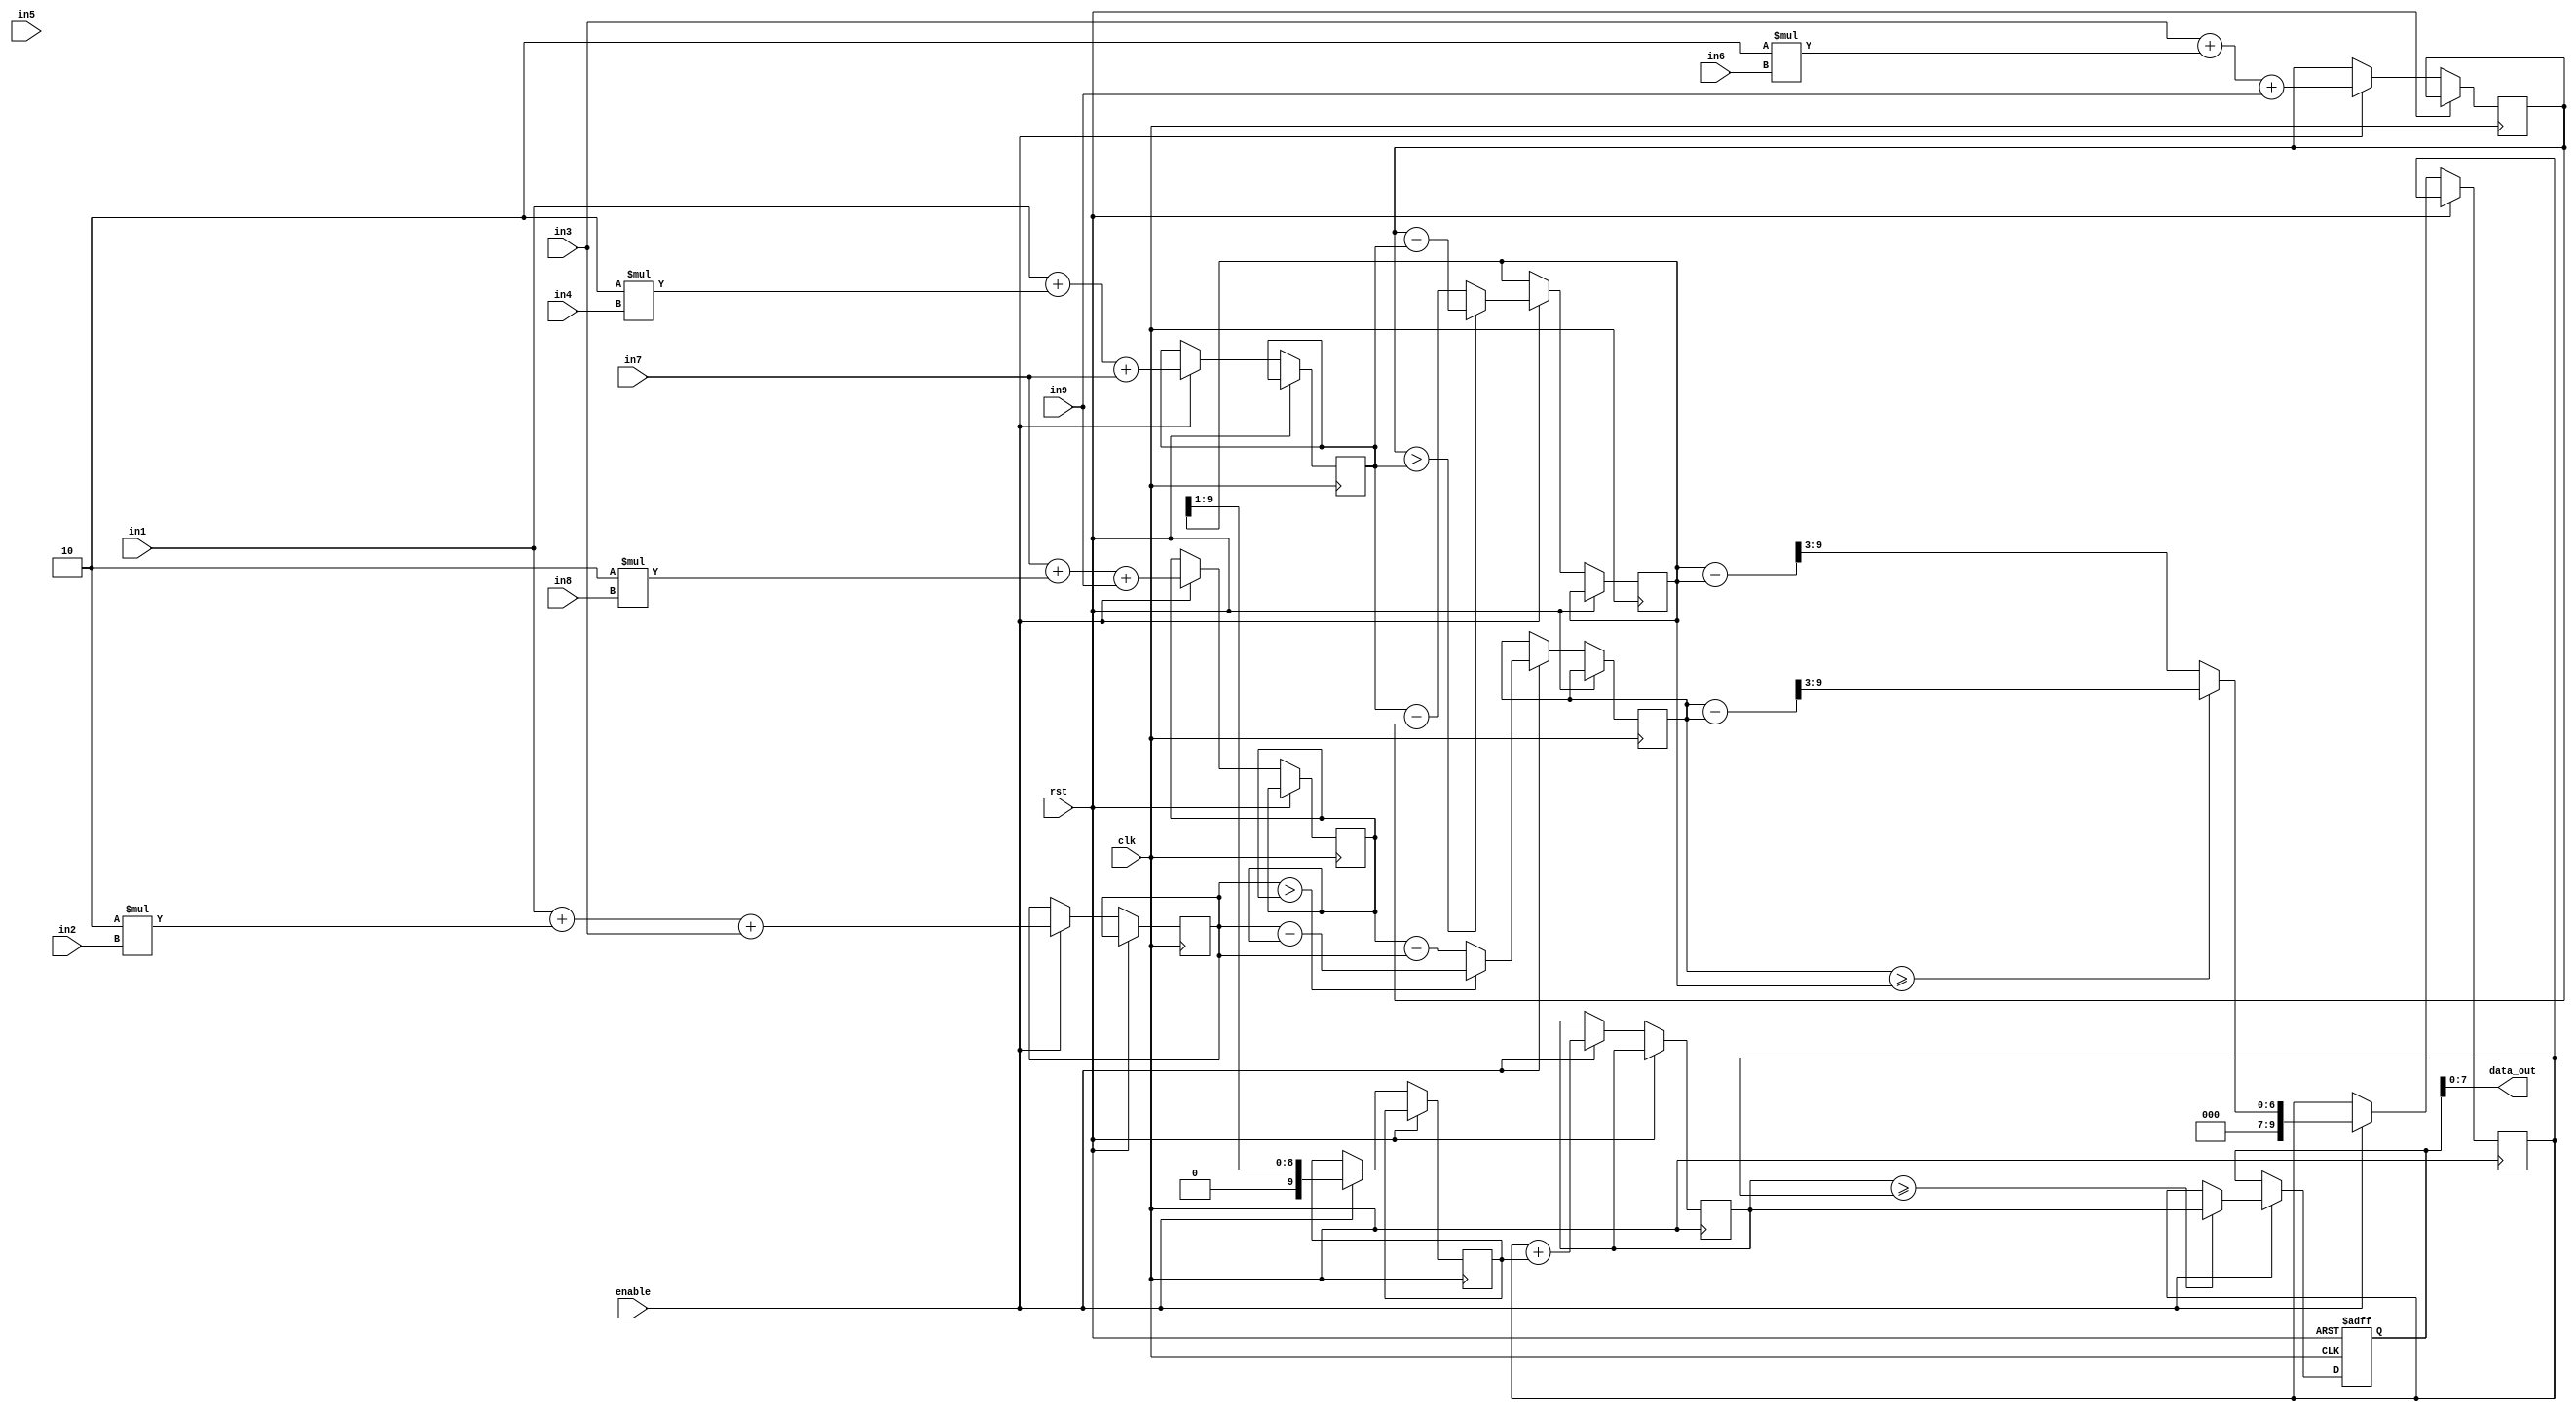

////////////////////////////////////////////
//  MODULE: SOBEL_FILTER_FUNCTION
//  3x3 window
//  Created on Mar 31, 2017
////////////////////////////////////////////
module sobel_func  #(
        parameter DATA_WIDTH=8
  )
  (
        output    wire    [DATA_WIDTH-1:0]    data_out,
        input     wire   [DATA_WIDTH-1:0]    in1,
        input     wire   [DATA_WIDTH-1:0]    in2,
        input     wire   [DATA_WIDTH-1:0]    in3,
        input     wire   [DATA_WIDTH-1:0]    in4,
        input     wire   [DATA_WIDTH-1:0]    in5,
        input     wire   [DATA_WIDTH-1:0]    in6,
        input     wire   [DATA_WIDTH-1:0]    in7,
        input     wire   [DATA_WIDTH-1:0]    in8,
        input     wire   [DATA_WIDTH-1:0]    in9,
        input     wire                       clk,
        input     wire                       rst,
        input     wire                       enable
);
	reg  [DATA_WIDTH+1:0] dout;
	reg  [DATA_WIDTH+1:0] add1;
	reg  [DATA_WIDTH+1:0] add2;
	reg  [DATA_WIDTH+1:0] add3;
	reg  [DATA_WIDTH+1:0] add4;
	reg  [DATA_WIDTH+1:0] gx;
	reg  [DATA_WIDTH+1:0] gy;
	reg  [DATA_WIDTH+1:0] max;
	reg  [DATA_WIDTH+1:0] min;
	reg  [DATA_WIDTH+1:0] result;
	assign data_out = dout;
	always@(posedge clk or posedge rst)
	begin
	if (rst==1) 
        begin
        	dout<=11'b0;
        end
	else if(enable==1)
        begin        
			add1 <= in3 + 2*in6 + in9;
			add2 <= in1 + 2*in4 + in7;
			add3 <= in1 + 2*in2 + in3;
			add4 <= in7 + 2*in8 + in9;
        	gy <= (add1>add2)?add1-add2:add2-add1;
			gx <= (add3>add4)?add3-add4:add4-add3;
			if ( gx >= gy )
				begin	
					max <= gx - gx>>3;
					min <= gy>>1;
					result <= max + min;
				end
			else
				begin
					max <= gy - gy>>3;
					min <= gy>>1;
					result <= max + min;
				end
			if ( result >= max )
				begin
					dout <= result;
				end
			else
				begin
					dout <= max;
				end
        end
end
endmodule